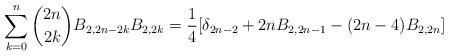
LaTeX: \begin{align*} \sum_{k=0}^{n} \binom{2n}{2k}B_{2,2n-2k}B_{2,2k} =\frac{1}{4}[\delta_{2n-2}+2nB_{2,2n-1}-(2n-4)B_{2,2n}] \end{align*}